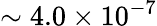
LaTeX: \sim 4.0\times 10^{-7}